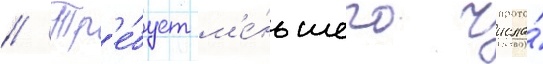
// Тр'е́бует м'е́ньшего числа́